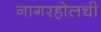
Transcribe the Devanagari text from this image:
नागरहोलची